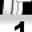
Digit: 1